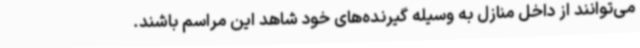
می‌توانند از داخل منازل به وسیله گیرنده‌های خود شاهد این مراسم باشند.